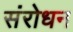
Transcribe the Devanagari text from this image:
संरोधन